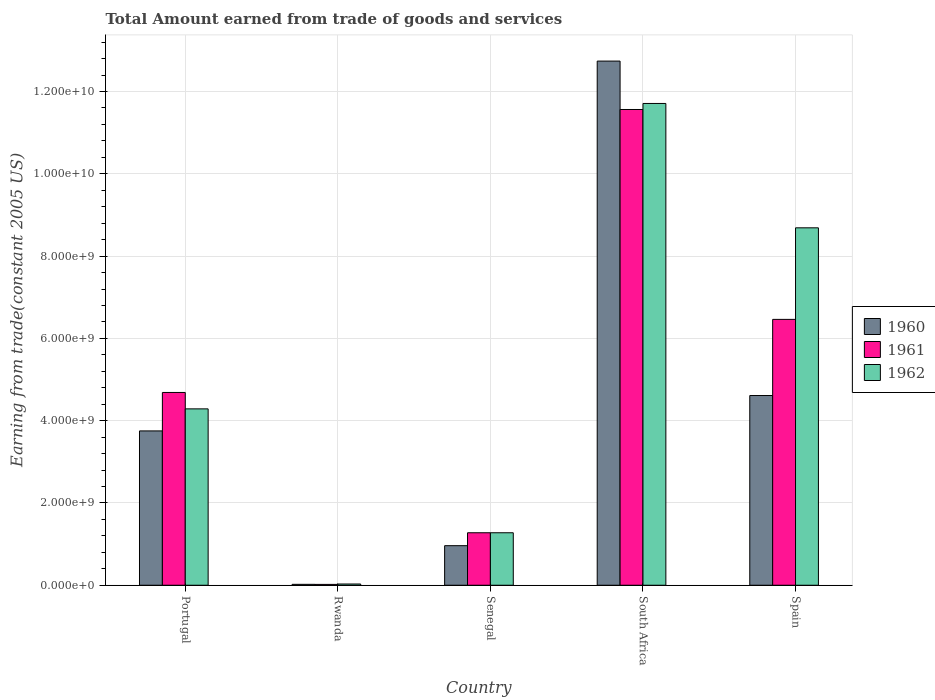
| Country | 1960 | 1961 | 1962 |
 | --- | --- | --- | --- |
 | Portugal | 3.75e+09 | 4.69e+09 | 4.29e+09 |
 | Rwanda | 2.2e+07 | 2.05e+07 | 2.97e+07 |
 | Senegal | 9.62e+08 | 1.28e+09 | 1.28e+09 |
 | South Africa | 1.27e+10 | 1.16e+10 | 1.17e+10 |
 | Spain | 4.61e+09 | 6.46e+09 | 8.69e+09 |